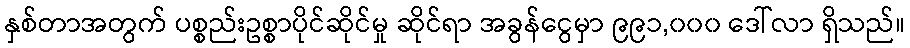
နှစ်တာအတွက် ပစ္စည်းဥစ္စာပိုင်ဆိုင်မှု ဆိုင်ရာ အခွန်ငွေမှာ ၉၉၁,၀၀၀ ဒေါ်လာ ရှိသည်။